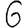
Digit: 6